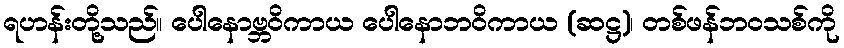
ရဟန်းတို့သည်။ ပေါနောဗ္ဘဝိကာယ ပေါနောဘဝိကာယ (ဆဋ္ဌ)၊ တစ်ဖန်ဘဝသစ်ကို